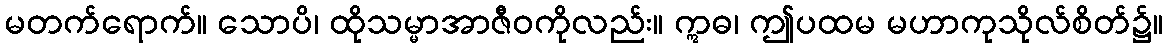
မတက်ရောက်။ သောပိ၊ ထိုသမ္မာအာဇီဝကိုလည်း။ ဣဓ၊ ဤပထမ မဟာကုသိုလ်စိတ်၌။